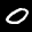
Label: 0